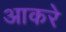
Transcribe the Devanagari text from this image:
आकरे